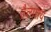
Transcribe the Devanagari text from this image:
तैलाशय